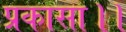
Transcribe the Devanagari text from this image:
प्रकासा।।